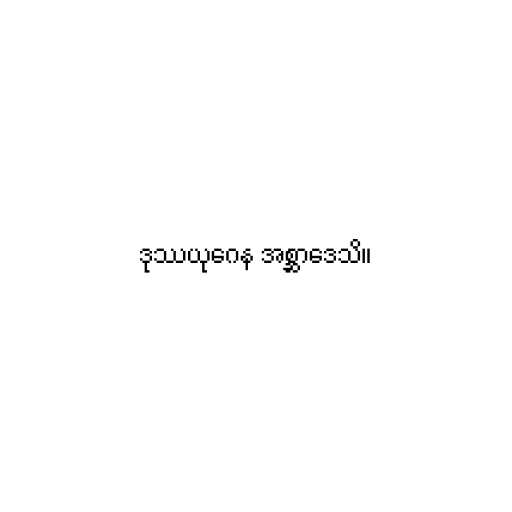
ဒုဿယုဂေန အစ္ဆာဒေသိ။